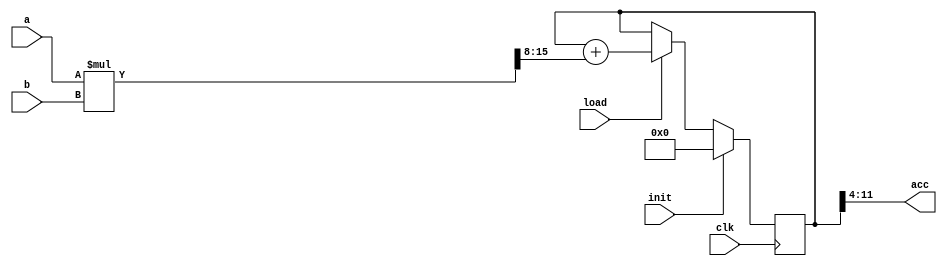
module mac
(   input clk,
    input [7:0] a,
    input  [7:0] b,
    input  load,
    input  init,
    output  [7:0] acc
);
    wire [7:0] product;
    wire [15:0] mult = a * b;
    assign product = mult[15:8];
    reg [11:0] sum;
    always@(posedge clk)
    begin
        if(init)
            sum <= 12'b0;
        else if(load)
            sum <= sum + product;
    end
    assign acc = sum[11:4];
endmodule